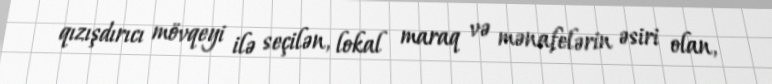
qızışdırıcı mövqeyi ilə seçilən, lokal maraq və mənafelərin əsiri olan,